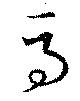
馬